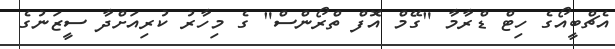
އެޗްބީއޯގެ ހިޓް ޑްރާމާ "ގޭމް އޮފް ތްރޯންސް" ގެ މިހާރު ކުރިއަށްދާ ސީޒަނުގެ